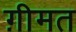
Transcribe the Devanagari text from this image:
ग़ीमत